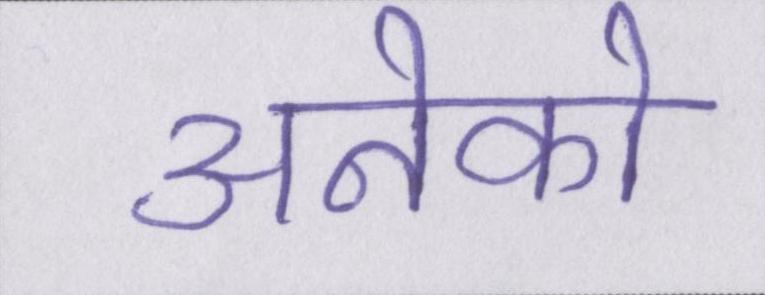
अनेको